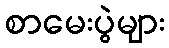
စာမေးပွဲများ